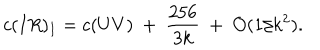
c ( I R ) _ { I } = c ( U V ) ~ + ~ { \frac { 2 5 6 } { 3 k } } ~ + ~ { \cal O } ( 1 / k ^ { 2 } ) .